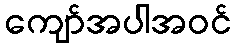
ကျော်အပါအဝင်